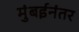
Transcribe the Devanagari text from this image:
मुंबईनंतर